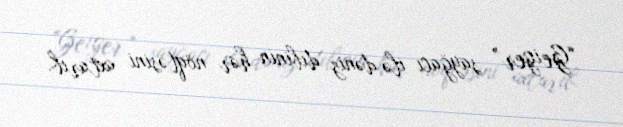
“Geiger” sayğacı ilə dəniz dibinin hər nöqtəsini axtarıb.